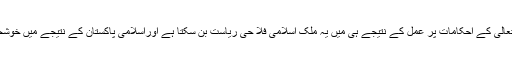
انہوں نے کہا کہ اللہ تعالیٰ کے احکامات پر عمل کے نتیجے ہی میں یہ ملک اسلامی فلا حی ریاست بن سکتا ہے اوراسلامی پاکستان کے نتیجے میں خوشحالی اور امن قائم ہوگا۔